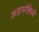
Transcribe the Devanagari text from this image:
अग्रपंक्तिमे